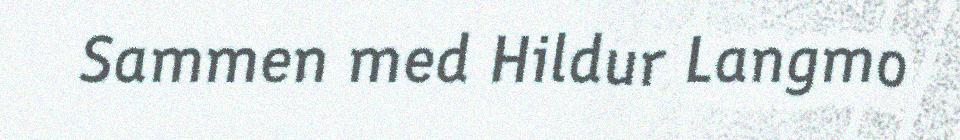
Sammen med Hildur Langmo